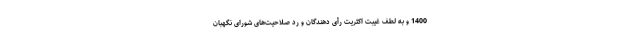
1400 و به لطف غیبت اکثریت رأی دهندگان و رد صلاحیت‌های شورای نگهبان